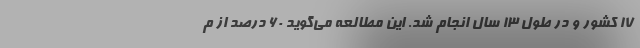
17 کشور و در طول 13 سال انجام شد. این مطالعه می‌گوید 60 درصد از م